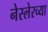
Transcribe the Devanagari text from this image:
नेस्लेरच्या